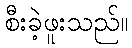
စီးခဲ့ဖူးသည်။